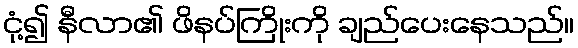
ငုံ့၍ နီလာ၏ ဖိနပ်ကြိုးကို ချည်ပေးနေသည်။